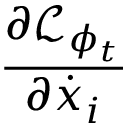
\frac { \partial \mathcal { L } _ { \phi _ { t } } } { \partial \dot { x } _ { i } }